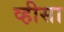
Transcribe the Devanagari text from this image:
व्हीसा